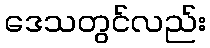
ဒေသတွင်လည်း